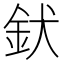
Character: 𮡧